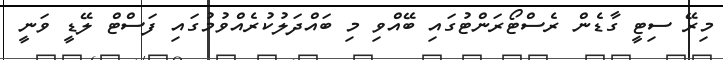
މިރޭ ސިޓީ ގާޑެން ރެސްޓޯރަންޓުގައި ބޭއްވި މި ބައްދަލުކުރެއްވުމުގައި ފަސްޓް ލޭޑީ ވަނީ